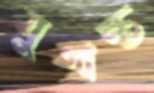
যুগান্ত